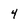
Character: 4